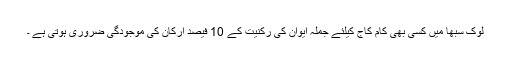
لوک سبھا میں کسی بھی کام کاج کیلئے جملہ ایوان کی رکنیت کے 10 فیصد ارکان کی موجودگی ضروری ہوتی ہے ۔